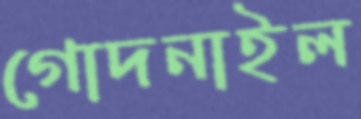
গোদনাইল